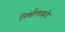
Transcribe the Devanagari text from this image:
निर्माणाकडे